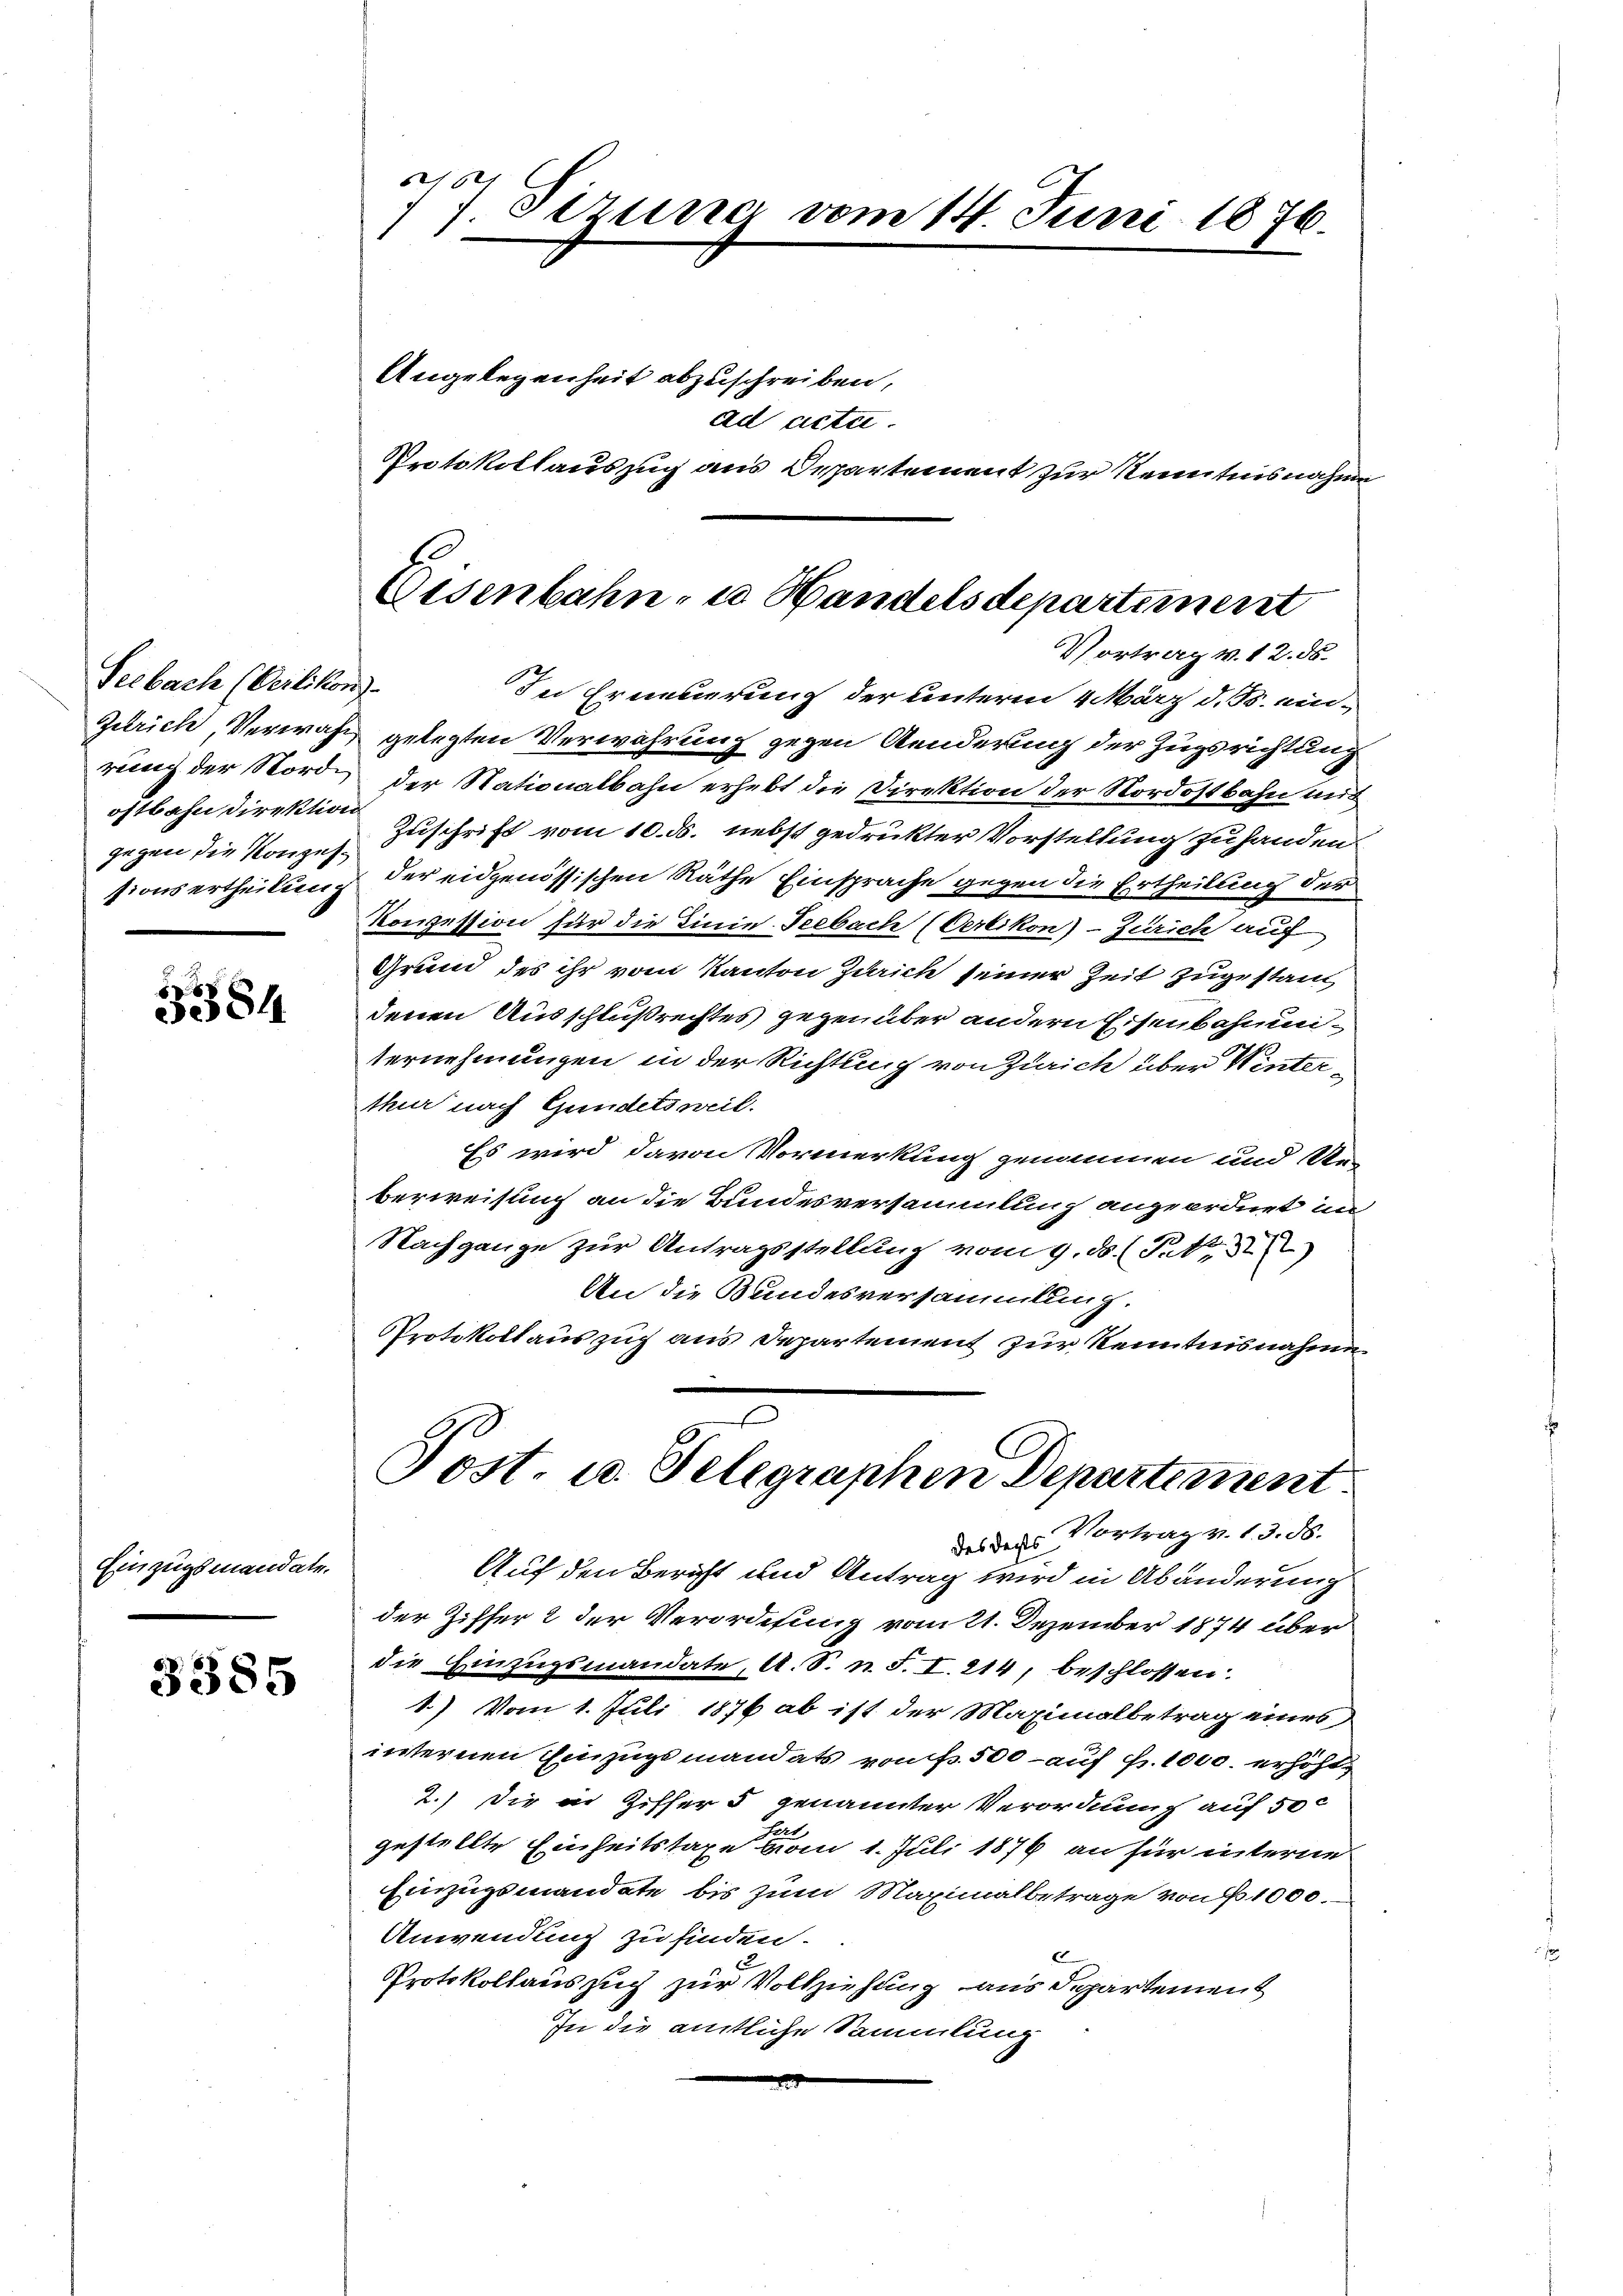
Seebach (Oerlikon)
ostbahn Direktion
gegen die Konzes¬

384

Einzugsmandate.

3385

50
1) Sizung vom 14. Juni 1876.

Angelegenheit abzuschreiben,
ad acte.
Protokollauszug aus Departement zur Kenntnisnahme

In Erneuerung der unterm 4 März d. M. ein¬
Zürich, Verwahl gelegten Verwahrung gegen Aenderung der Zugsrichtung
rung der Nord, der Stationalbahn erhebt die Direktion der Nordostbahn mit
Zuschrift vom 10. ds. nebst gedruckter Vorstellung zu handen.
sionsertheilung der eidgenössischen Räthe Einsprache gegen die Ertheilung der
Konzession für die Linie-Seebach (Oerlikon) - Zürich auf
Grund des ihr vom Kanton Zürich seiner Zeit zugestand,
denen Ausschlußrechtes gegenüber andern Eisenbahnunternehmungen in der Richtung von Zürich über Winterthur nach Gundetsweil.
Es wird davon Vormerkung genommen und Ver
berweisung an die Bundesversammlung angeordnet im
Nachgange zur Antragsstellung vom 9. ds. Pett
An die Bundesversammlung.
Protokollauszug aus Departement zur Kenntnisnahme
Post. u. Telegraphen Departement
Vortrag v. 13. ds.
des dachts
Auf den Bericht und Antrag wird in Abänderung
der Ziffer 2 der Verordnung vom 21. Dezember 1874 über
die Einzugsmandate, A. S. n. F. I. 214, beschlossen.
1.) Vom 1. Juli 1876 ab ist der Maximalbetrag eines
internen Einzugemandats von f. 500 - auf Fr. 1000. erhöht,
2.) Die in Ziffers genannter Verordnung auf 50 c
bis
gestellte Einheitstaxe vom 1. Juli 1876 an für interne
Einzugsmandate bis zum Maximalbetrage von 1000.
Anwendung zu finden.
E
Protokollauszug zur Vollziehung aus departement
In die amtliche Sammlung

Eisenbahn- u. Handelsdepartement
Vortrag v. 12. ds.